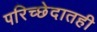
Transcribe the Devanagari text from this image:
परिच्छेदातही